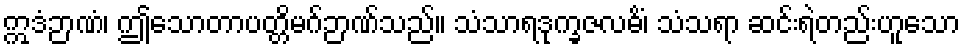
ဣဒံဉာဏံ၊ ဤသောတာပတ္တိမဂ်ဉာဏ်သည်။ သံသာရဒုက္ခဇလဓိံ၊ သံသရာ ဆင်းရဲတည်းဟူသော